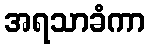
အရသာခံကာ